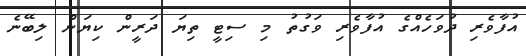
އުފާވެރި ދުވަހެއްގެ އުފާވެރި ވަގުތު މި ސިޓީ ތިޔަ ދަރީން ކިޔަން ލިބޭނެ